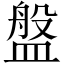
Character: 盤